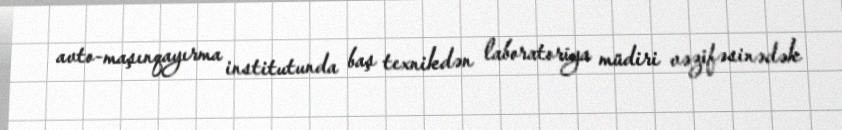
avto-maşınqayırma institutunda baş texnikdən laboratoriya müdiri vəzifəsinədək